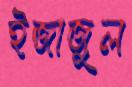
ইজাজুল